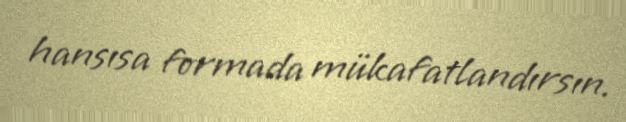
hansısa formada mükafatlandırsın.